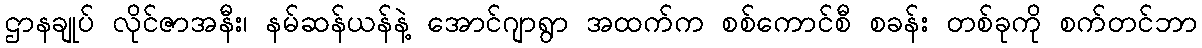
ဌာနချုပ် လိုင်ဇာအနီး၊ နမ်ဆန်ယန်နဲ့ အောင်ဂျာရွာ အထက်က စစ်ကောင်စီ စခန်း တစ်ခုကို စက်တင်ဘာ